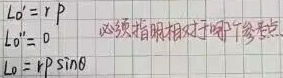
\[
\begin{align*}
L_0'&= r \ p\\
L_0''&= 0\\
L_0&= r \ p \ \sin\theta
\end{align*}
\]